Lunatic asylums United Prov. 1922-30 - 1922-1930
Year: 1922
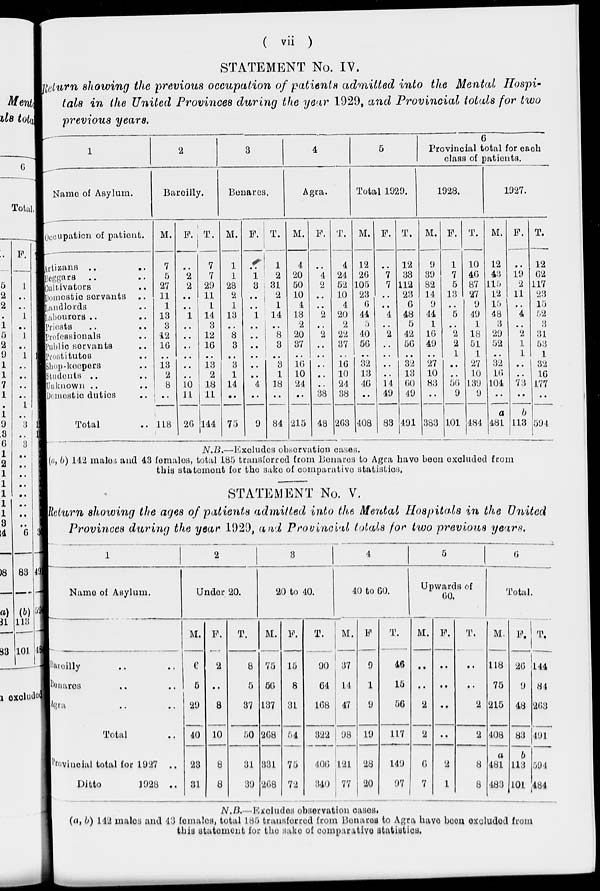
( vii )
STATEMENT No. IV.
Return showing the previous occupation of patients admitted into the Mental Hospi-
tals in the United Provinces during the year 1929, and Provincial totals for two
previous years.
1
Name of Asylum.
Occupation of patient.
Artizans ..
Beggars
..
Cultivators ..
Domestic servants ..
Landlords ..
Labourers .. ..
Priests .. ..
Professionals ..
Public servants ..
Prostitutes ..
Shop-keepers ..
Students .. ..
Unknown .. ..
Domestic duties ..
Total ..
2
Bareilly.
M.
7
5
27
11
1
13
3
12
16
..
13
2
8
..
118
F.
..
2
2
..
..
1
..
..
..
..
..
..
10
11
26
T.
7
7
29
11
1
14
3
12
16
..
13
2
18
11
144
3
Benares.
M.
1
1
28
2
1
13
..
8
3
..
3
1
14
..
75
F.
..
1
3
..
..
1
..
..
..
..
..
..
4
..
9
T.
1
2
31
2
1
14
..
8
3
..
3
1
18
..
84
4
Agra,
M.
4
20
50
10
4
18
2
20
37
..
16
10
24
..
215
F.
..
4
2
..
..
2
..
2
..
..
..
..
..
38
48
T.
4
24
52
10
4
20
2
22
37
..
16
10
24
38
263
5
Total 1929.
M.
12
26
105
23
6
44
5
40
56
..
32
13
46
..
408
F.
..
7
7
..
..
4
..
2
..
..
..
..
14
49
83
T.
12
33
112
23
6
48
5
42
56
..
32
13
60
49
491
6
Provincial total for each
class of patients.
1928.
M.
9
39
82
14
9
44
1
16
49
..
27
10
83
..
383
F.
1
7
5
13
..
5
..
2
2
1
..
..
56
9
101
T.
10
46
87
27
9
49
1
18
51
1
27
10
139
9
484
1927.
M.
12
43
115
12
15
48
3
29
52
..
32
16
104
..
a
481
F.
..
19
2
11
..
4
..
2
1
1
..
..
73
..
b
113
T.
12
62
117
23
15
52
3
31
53
1
32
16
177
..
594
N.B.— Excludes observation cases.
(a, b) 142 males and 43 females, total 185 transferred from Benares to Agra have been excluded from
this statement for the sake of comparative statistics.
STATEMENT No. V.
Return showing the ages of patients admitted into the Mental Hospitals in the United
Provinces during the year 1929, and Provincial totals for two previous years.
1
Name of Asylum.
Bareilly .. ..
Benares .. ..
Agra .. ..
Total ..
Provincial total for 1927
..
Ditto
1928 ..
2
Under 20.
M.
6
5
29
40
23
31
F.
2
..
8
10
8
8
T.
8
5
37
50
31
39
3
20 to 40.
M.
75
56
137
268
331
268
F.
15
8
31
54
75
72
T.
90
64
168
322
406
340
4
40 to 60.
M.
37
14
47
98
121
77
F
9
1
9
19
28
20
T.
46
15
56
117
149
97
5
Upwards of
60.
M.
..
..
2
2
6
7
F.
..
..
..
..
2
1
T.
..
..
2
2
8
8
6
Total.
M.
118
75
215
408
a
481
483
F.
26
9
48
83
b
113
101
T
144
84
263
491
594
484
N.B—Excludes observation cases.
(a, b) 142 males and 43 females, total 185 transferred from Benares to Agra have been excluded from
this statement for the sake of comparative statistics.